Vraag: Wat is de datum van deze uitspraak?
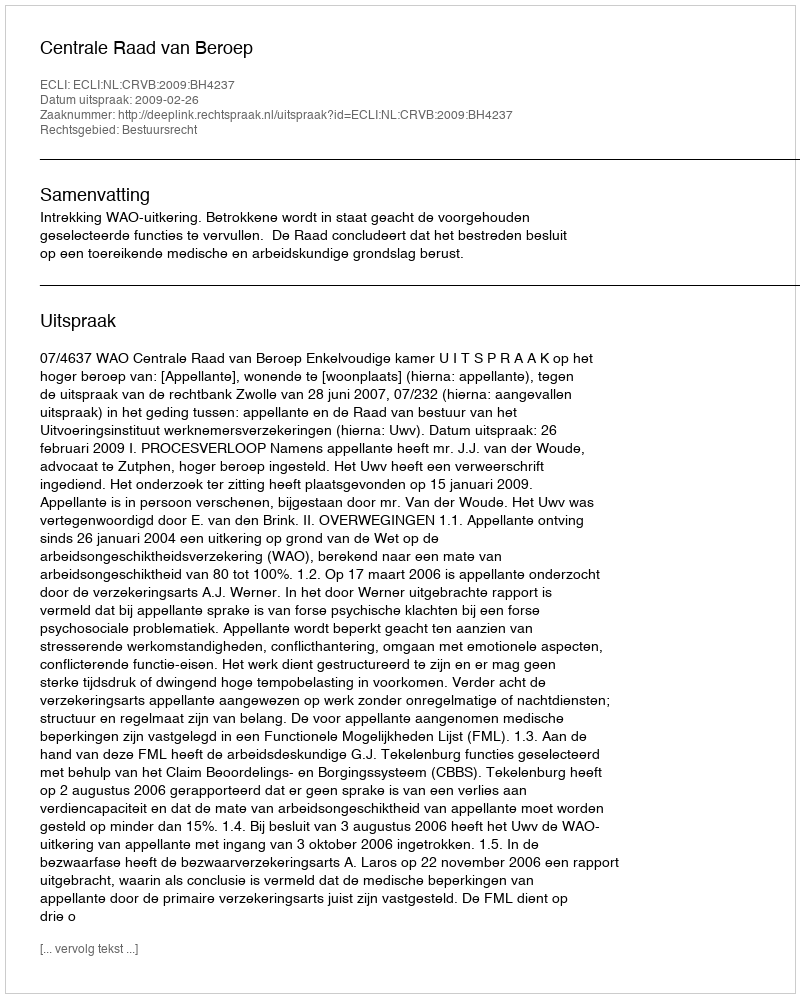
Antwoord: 2009-02-26